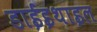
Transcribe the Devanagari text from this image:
डाईइथाइल